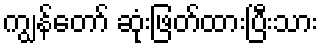
ကျွန်တော် ဆုံးဖြတ်ထားပြီးသား